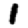
Digit: 1